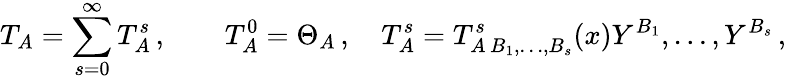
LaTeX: T_{A}=\sum_{s=0}^{\infty}T_{A}^{s}\, ,\qquad T_{A}^{0}=\Theta_{A}\, ,\quad T_{A}^{s}=T_{A\, B_{1},\ldots,B_{s}}^{s}(x)Y^{B_{1}},\ldots,Y^{B_{s}}\, ,